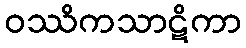
ဝဿိကသာဋိကာ